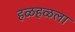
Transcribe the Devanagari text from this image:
हळहळला